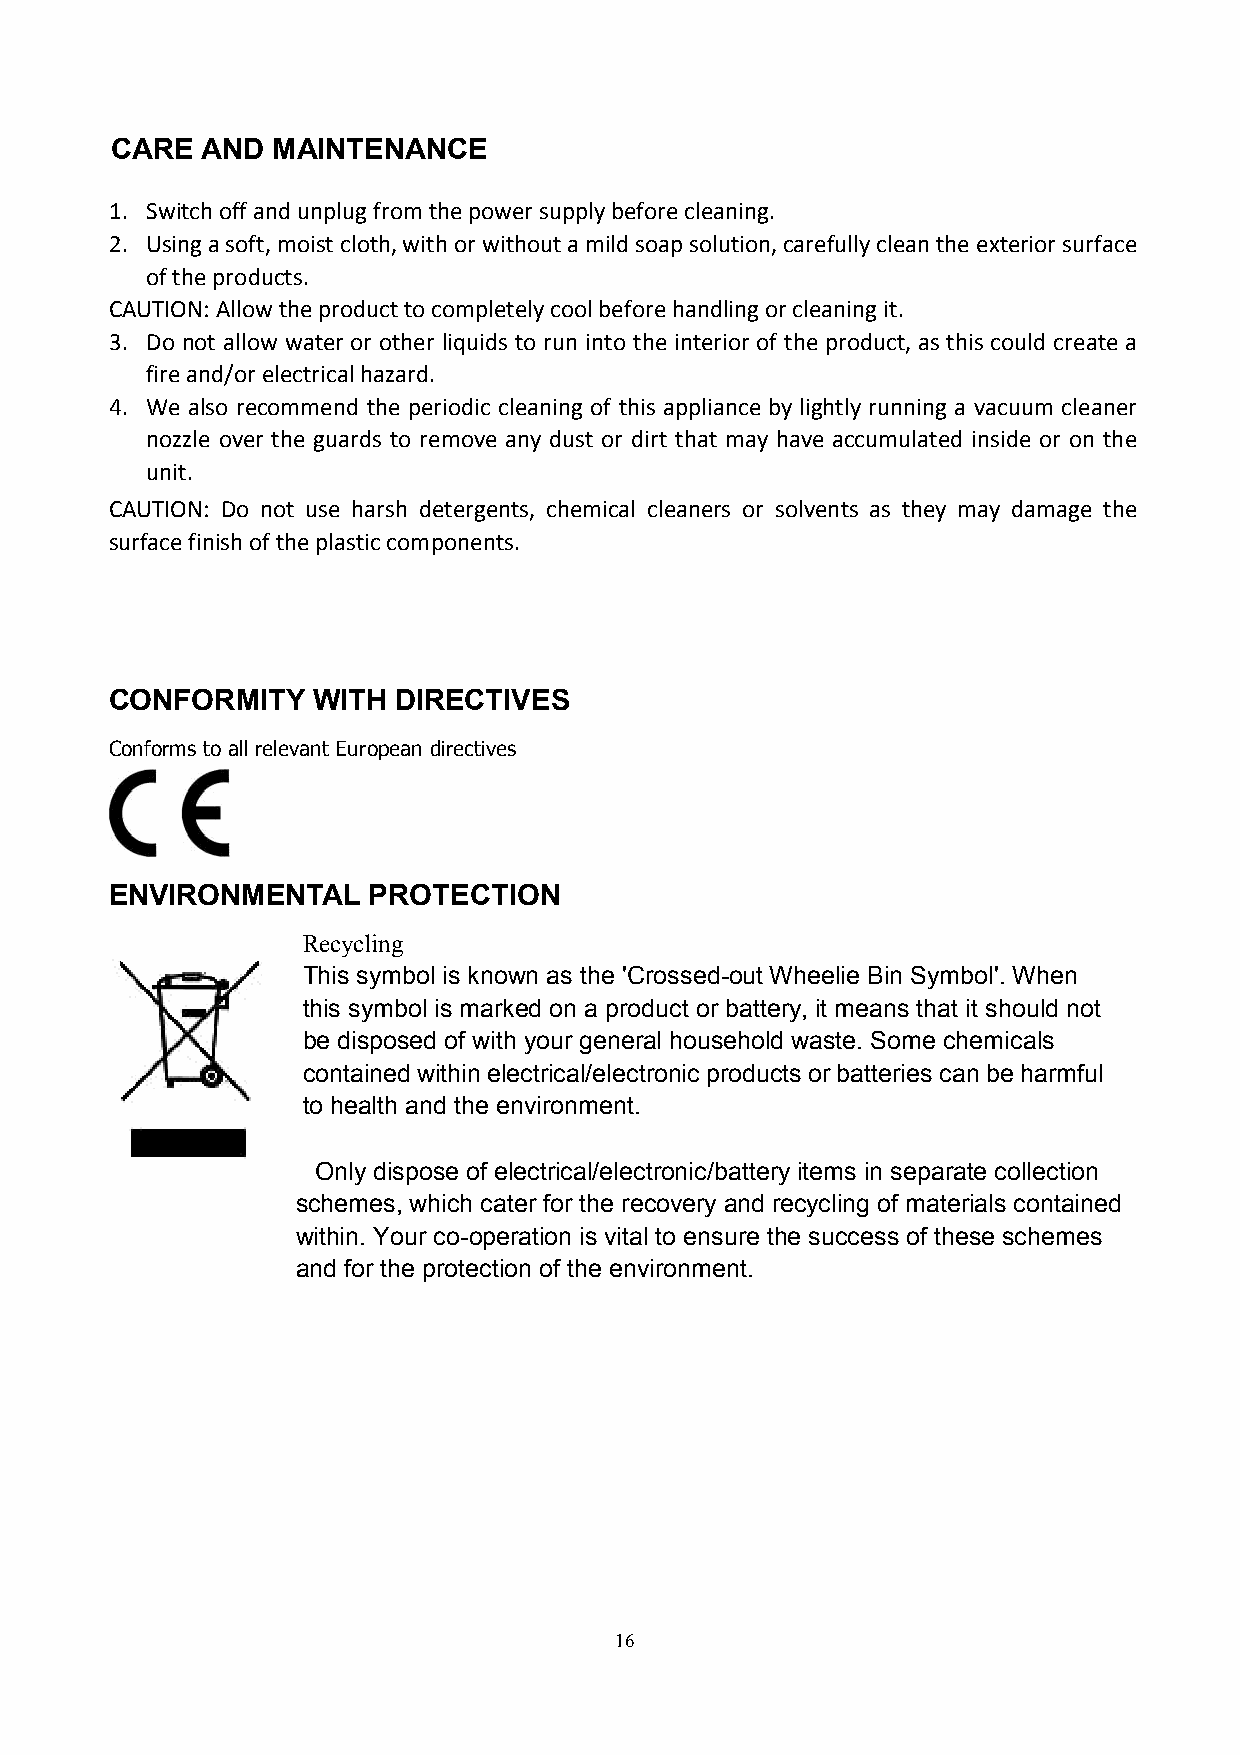
CARE  AND  MAINTENANCE
 1. Switch off and unplug from the power supply before cleaning.
 2. Using a soft, moist cloth, with or without a mild soap solution, carefully clean the exterior surface
 of the products.
 CAUTION: Allow the product to completely cool before handling or cleaning it.
 3. Do not allow water or other liquids to run into the interior of the product, as this could create a
 fire and/or electrical hazard.
 4. We also recommend the periodic cleaning of this appliance by lightly running a vacuum cleaner
 nozzle over the guards to remove any dust or dirt that may have accumulated inside or on the
 unit.
 CAUTION: Do not use harsh detergents, chemical cleaners or solvents as they may damage the
 surface finish of the plastic components.
 CONFORMITY    WITH DIRECTIVES
 Conforms to all relevant European directives
 ENVIRONMENTAL    PROTECTION
 Recycling
 This symbol is known as the 'Crossed-out Wheelie Bin Symbol'. When
 this symbol is marked on a product or battery, it means that it should not
 be disposed of with your general household waste. Some chemicals
 contained within electrical/electronic products or batteries can be harmful
 to health and the environment.
 Only dispose of electrical/electronic/battery items in separate collection
 schemes, which cater for the recovery and recycling of materials contained
 within. Your co-operation is vital to ensure the success of these schemes
 and for the protection of the environment.
 16